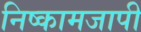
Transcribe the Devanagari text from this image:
निष्कामजापी